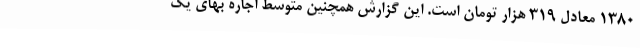
۱۳۸۰ معادل ۳۱۹ هزار تومان است. این گزارش همچنین متوسط اجاره بهای یک